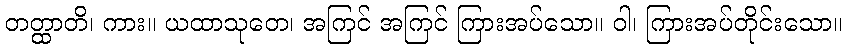
တတ္ထာတိ၊ ကား။ ယထာသုတေ၊ အကြင် အကြင် ကြားအပ်သော။ ဝါ၊ ကြားအပ်တိုင်းသော။